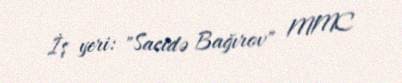
İş yeri: "Sacidə Bağırov" MMC